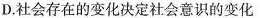
D.社会存在的变化决定社会意识的变化